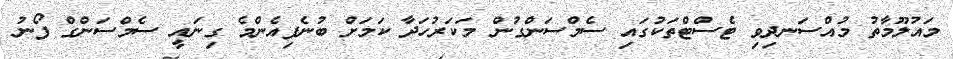
މައުލޫމާތު މުއްސަނދިވި ޓެސްޓްތަކުގައި ސެމްސަންގުން މަކަރުހަދާ ކަމަށް ބުނެފިއެންމެ ގިނައީ ސެމްސަންގް ފޯނު